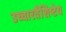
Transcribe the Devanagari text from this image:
उच्चारवैशिष्टेय